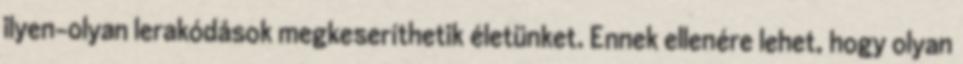
ilyen-olyan lerakódások megkeseríthetik életünket. Ennek ellenére lehet, hogy olyan